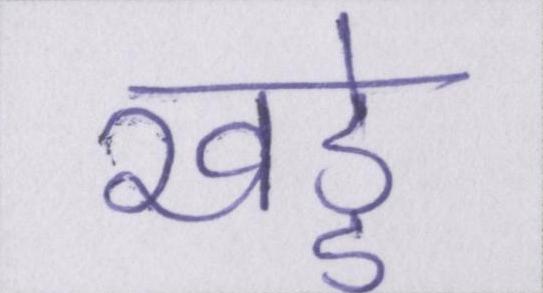
खड्डे